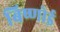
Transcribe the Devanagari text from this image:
बिष्णोई